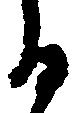
る